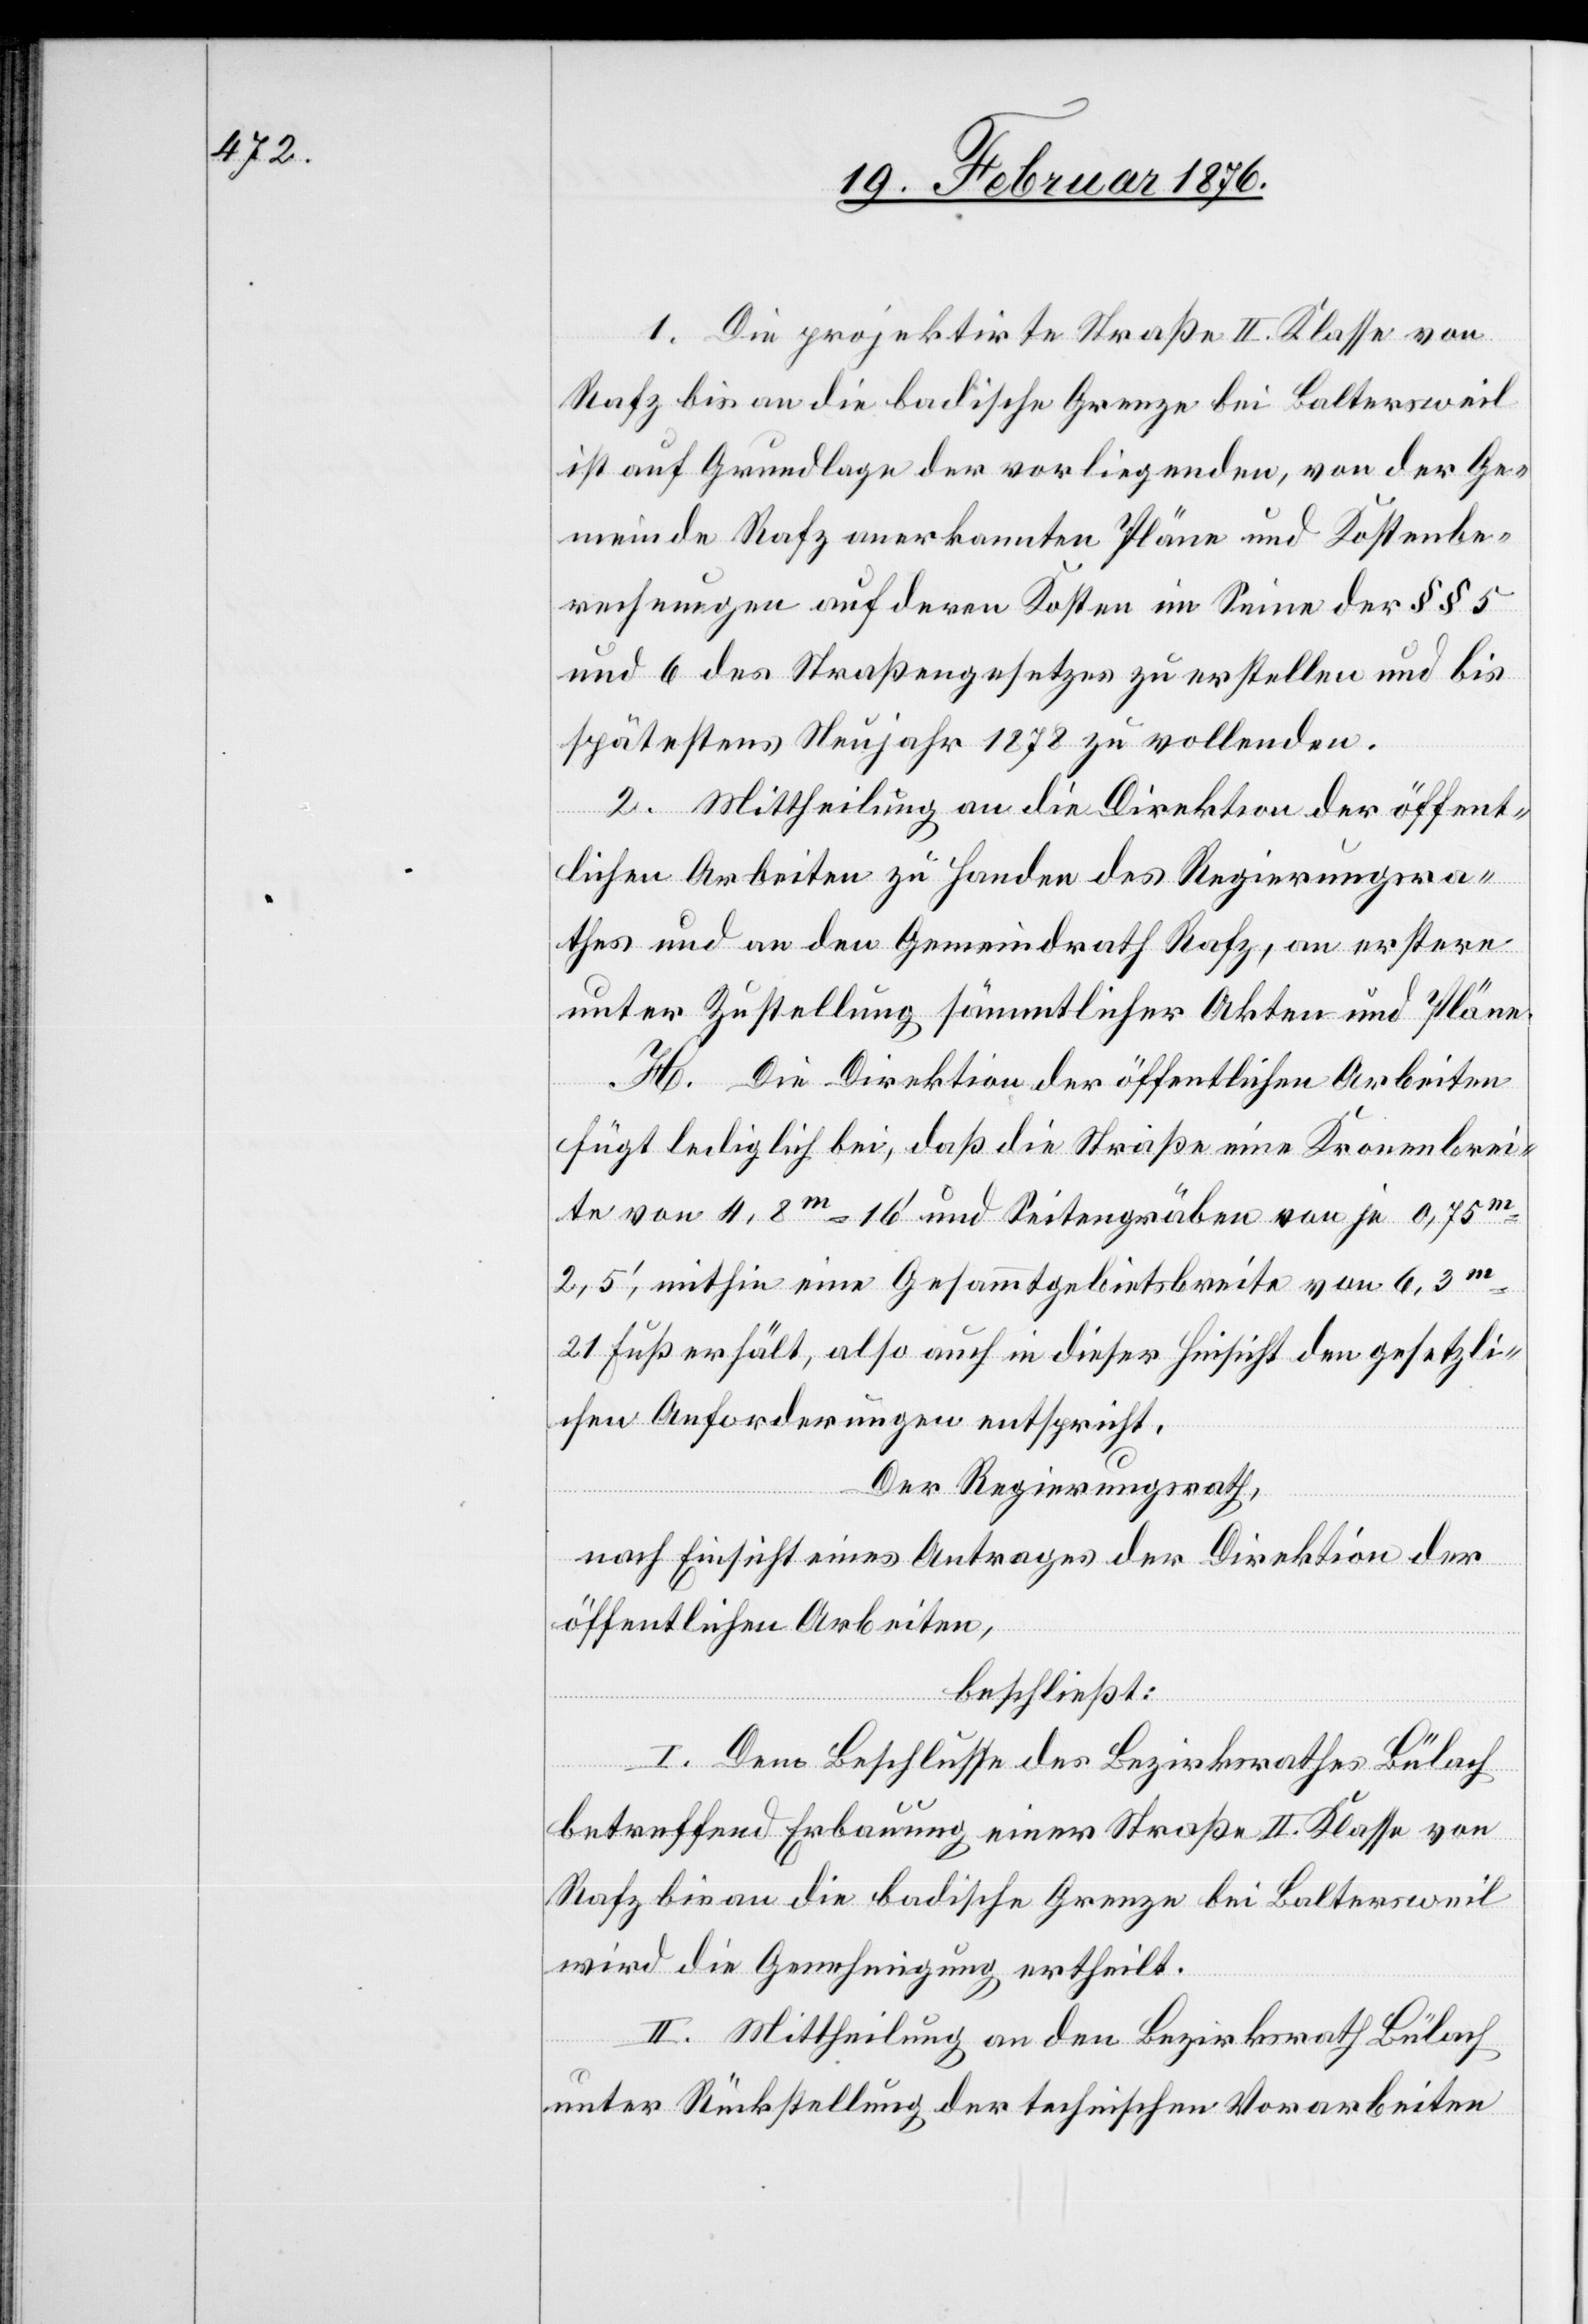
1. Die projektirte Straße II. Klasse von
Rafz bis an die badische Grenze bei Baltersweil
ist auf Grundlage der vorliegenden, von der Ge¬
meinde Rafz anerkannten Pläne und Kostenbe¬
rechnungen auf deren Kosten im Sinne der §§ 5
und 6 des Straßengesetzes zu erstellen und bis
spätestens Neujahr 1879 zu vollenden.
2. Mittheilung an die Direktion der öffent¬
lichen Arbeiten zu Handen des Regierungsra¬
thes und an den Gemeindrath Rafz, an erstere
unter Zustellung sämmtlicher Akten und Pläne.
H. Die Direktion der öffentlichen Arbeiten
fügt lediglich bei, daß die Straße eine Kronenbrei¬
te von 4,8m 16’ und Seitengräben von je 0,75m
2,5’, mithin eine Gesammtgebietsbreite von 6,3m
21 Fuß erhält, also auch in dieser Hinsicht den gesetzli¬
chen Anforderungen entspricht.
Der Regierungsrath,
nach Einsicht eines Antrages der Direktion der
öffentlichen Arbeiten,
beschließt:
I. Dem Beschlusse des Bezirksrathes Bülach
betreffend Erbauung einer Straße II. Klasse von
Rafz bis an die badische Grenze bei Baltersweil
wird die Genehmigung ertheilt.
II. Mittheilung an den Bezirksrath Bülach
unter Rückstellung der technischen Vorarbeiten